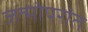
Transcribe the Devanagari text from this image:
जन्मोपरांत